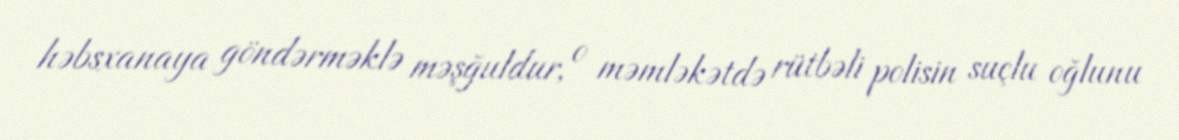
həbsxanaya göndərməklə məşğuldur, o məmləkətdə rütbəli polisin suçlu oğlunu